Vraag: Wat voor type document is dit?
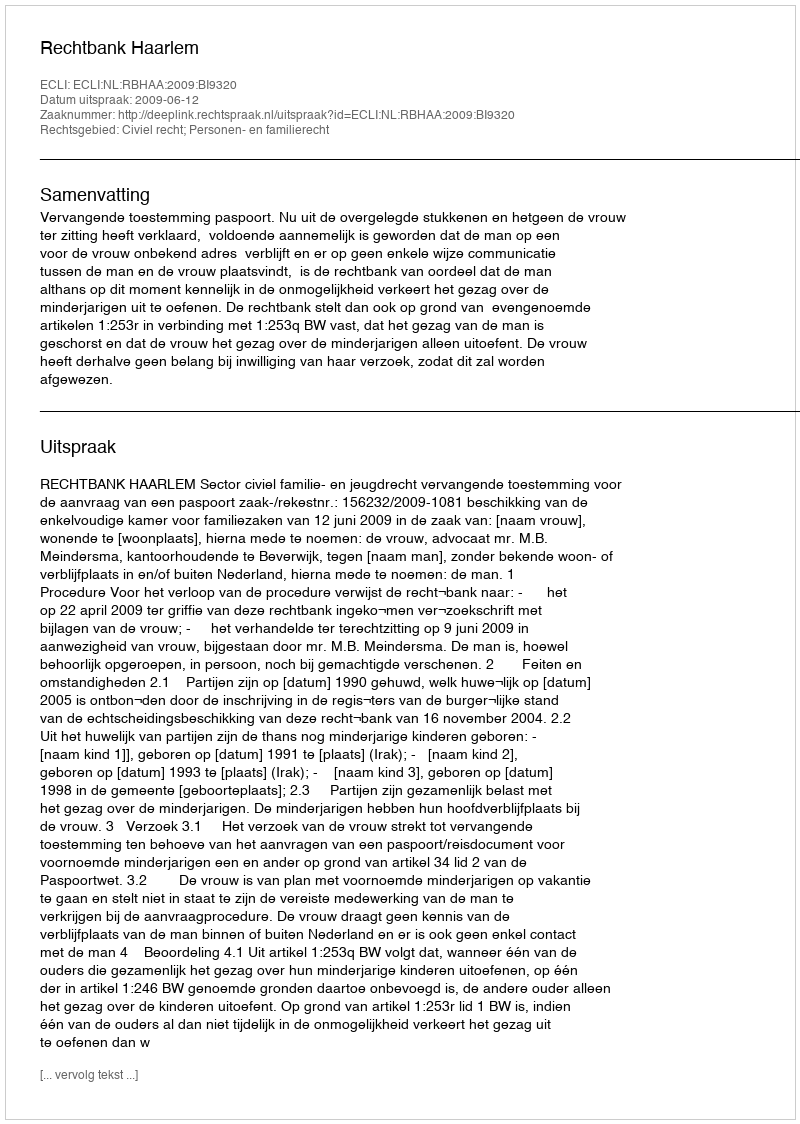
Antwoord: Uitspraak